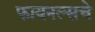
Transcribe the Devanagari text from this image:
फायनल्सचे